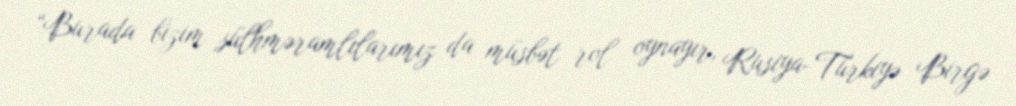
“Burada bizim sülhməramlılarımız da müsbət rol oynayır, Rusiya-Türkiyə Birgə